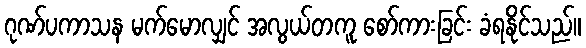
ဂုဏ်ပကာသန မက်မောလျှင် အလွယ်တကူ စော်ကားခြင်း ခံရနိုင်သည်။